Supplement to the account of plague administration in the Bombay Presidency from September 1896 till May 1897
Year: 1896
Disease focus: Plague
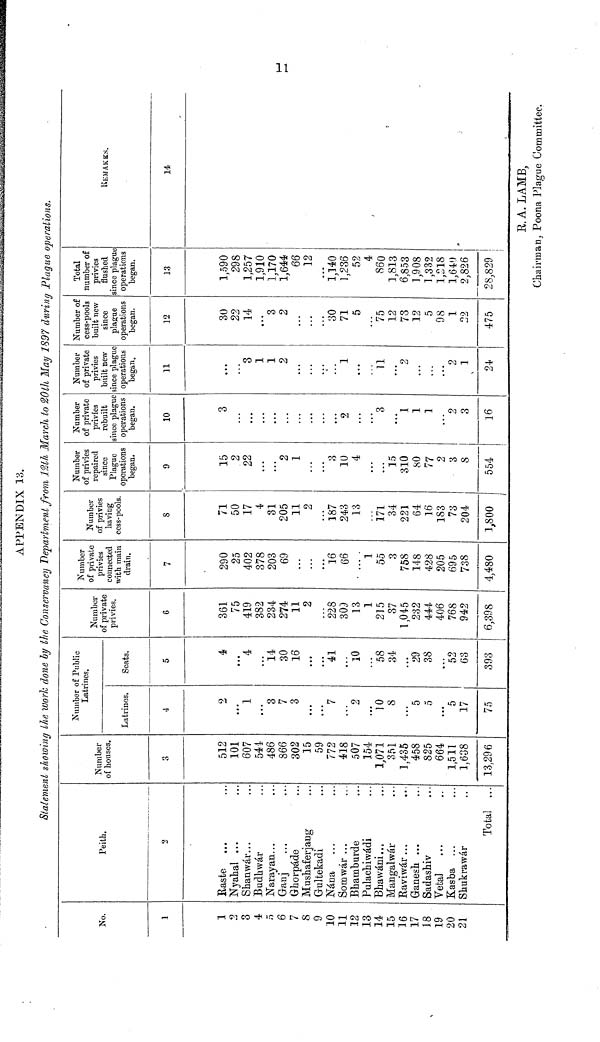
APPENDIX 13.
Statement showing the work done by the Conservancy Department from 18th March to 20th May 1897 during Plague operations.
No.
1
1
2
3
4
5
6
7
8
9
10
11
12
13
14
15
16
17
18
19
20
21
Peith.
2
Raste ...
Nyahal ...
Shanwár...
Budhwár...
Narayan...
Ganj......
Ghorpáde...
Mushaferjang...
Gultekadi...
Nána ...
Somwár ...
Bhamburde
Pnlachiwádi...
Bhawáni...
Mangalwár...
Raviwár...
...
Ganesh ...
Sadashiv...
Vetal ...
Kasba ...
Shukrawár...
Total ...
Number
of houses.
3
512
101
607
544
486
866
302
15
59
772
418
507
154
1,071
351
1,435
458
825
664
1,511
1,638
13,296
Number of Public
Latrines.
Latiónos.
4
2
...
1
...
3
7
3
...
...
7
...
2
...
10
8
...
5
5
...
5
17
75
Seats.
5
4
...
4
...
14
30
16
...
...
41
...
10
...
58
34
...
29
38
...
52 63
393
Number
of private
privies.
6
361
75
419
382
234
274
11
2
...
228
309
13
1
215
37
1,045
232
444
406
768
942
6,398
Number
of private
privies
connected
with main
drain.
7
290
25
402
378
203
69
...
......
16
66
...
1
55
3
758
148
428
205
695
738
4,480
Number
of privies
having
cess-pools.
8
71
50
17
4
31
205
11
2
...
187
243
13
...
171
34
221
64
16
183
73
204
1,800
Number
of privies
repaired
since
Plague
operations
began.
0
15
2
22
...
...
2
1
...
...
3
10
4
...
...
15
310
80
77
2
3
8
554
Number
of private
privies
rebuilt
since plague
operations
began.
10
3
...
...
...
...
...
• • •
...
...
...
2
...
...
3
...
1
1
1
...
2
3
16
Number
of private
privies
built new
since plague
operations
began.
11
...
...
3
1
1
2
...
...
...
...
1
...
...
11
...
2
...
...
...
2
1
24
Number of
cess-pools
built new
since
plague
operations
began.
12
30
22
14
...
3
2
...
...
...
30 71
5
...
75
12
73
12
5
98
1
22
475
Total
number of
privies
flushed
since plague
operations
began.
13
1,590
298
1,257
1,910
1,170
1,644
66
12
...
1,140
1,236
52
4
860
1,813
6,853
1,908
1,332
1,218
1,640
2,826
28,829
REMARKS
14
R. A. LAMB,
Chairman, Poona Plague Committee.